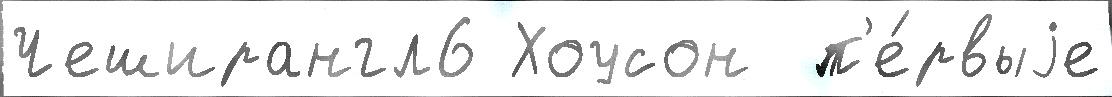
Чеширангл6 Хоусон  п'е́рвыjе